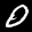
Label: 0